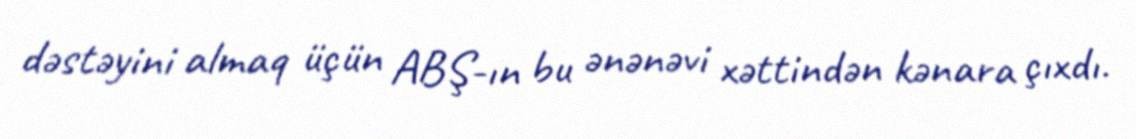
dəstəyini almaq üçün ABŞ-ın bu ənənəvi xəttindən kənara çıxdı.